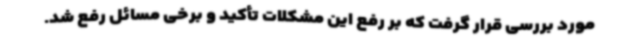
مورد بررسی قرار گرفت که بر رفع این مشکلات تأکید و برخی مسائل رفع شد.